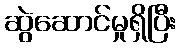
ဆွဲဆောင်မှုရှိပြီး